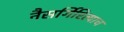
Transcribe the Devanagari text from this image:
नैसर्गिरित्याच